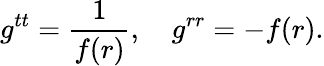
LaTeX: g^{tt}=\frac{1}{f(r)},\quad g^{rr}=-f(r).